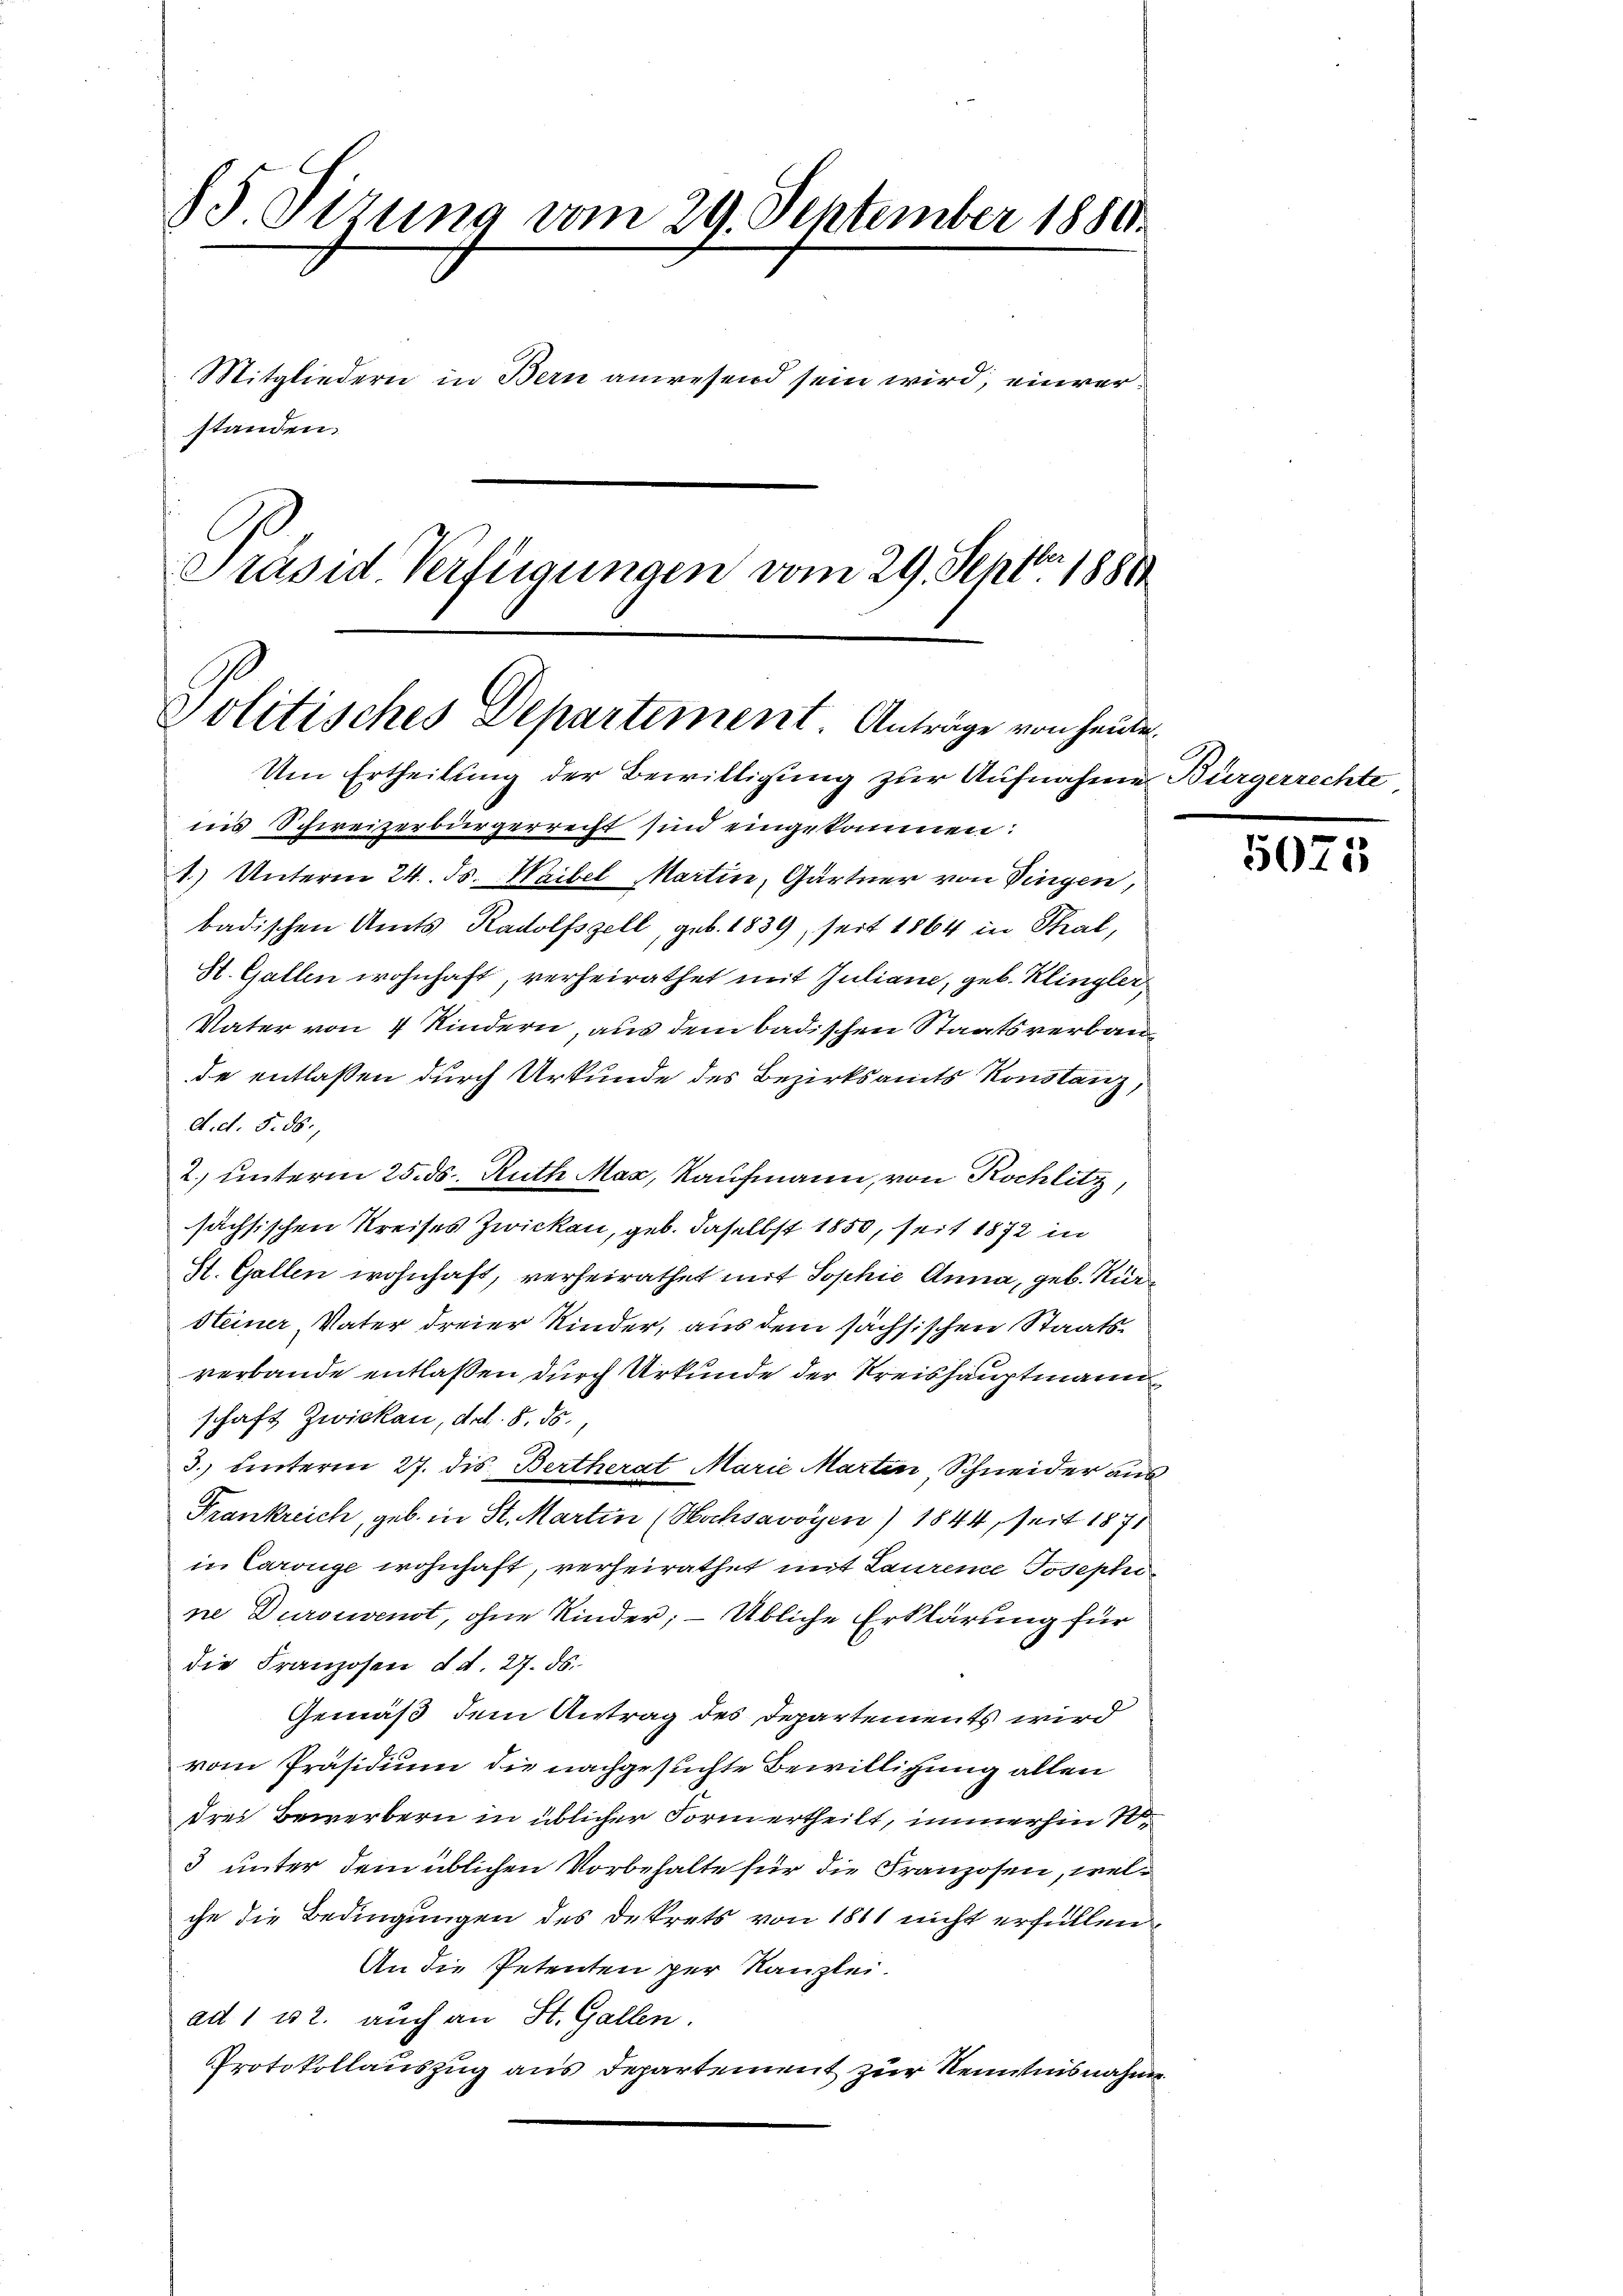
SS. Tizung vom 29. September 1880.
Mitgliedern in Bern anwesend sein wird, einverstanden.
Präsid Verfügungen vom 29. Septbr. 1880

Politisches Departement. Anträge von heute
Um Ertheilung der Bewilligung zur Aufnahme

in’s Schweizerbürgerrecht sind eingekommen:
1.) Unterm 24. ds. Waibel Martin, Gärtner von Dingen,
badischen Amts Radolfszell, geb. 1839, seit 1864 in Thal,
St. Gallen wohnhaft, verheirathet mit Juliane, geb. Klingler
Vater von 4 Kindern, aus dem badischen Staatsverbaude entlassen durch Urkunde des Bezirksamts Konstanz,
d. d. 5. 56.
2) unterm 25. ds. Ruth Mar, Kaufmann, von Rochlitz,
sächsischen Kreises Zwicken, geb. daselbst 1850, seit 1872 in
St. Gallen wohnhaft, verheirathet mit Sophie Anna, geb. Nürsteiner Vater dreier Kinder, aus dem sächsischen Staatsverbande entlaßen durch Urkunde der Kreishauptmann
schaft Zwicken, d.d. 8. ds.,
3.) hinterm 27. dis, Bertherat Marie Martin Schneider aus
Frankreich, geb. in St. Martin (Hochsavoyen ) 1844, seit 1871
in Carrüge wohnhaft, verheirathet mit Laurence Josephi
ne Duroevenst, ohne Kinder; — Übliche Erklärung für
die Franzosen d. d. 27. ds.
Gemäß dem Antrag des Departements wird
vom Präsidium die nachgesuchte Bewilligung allen
drei Bewerbern in üblicher Form ertheilt, immerhin 10.
3 unter dem üblichen Vorbehalte für die Franzosen, welche die Bedingungen des Dekrets von 1811 nicht erfüllen
An die Petenten per Kanzlei.
ad 1 u 2. auch an St. Gallen.
Protokollauszug aus Departement zur Kenntnisnahm

Bürgerrechte

5075